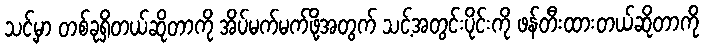
သင့်မှာ တစ်ခုရှိတယ်ဆိုတာကို အိပ်မက်မက်ဖို့အတွက် သင့်အတွင်းပိုင်းကို ဖန်တီးထားတယ်ဆိုတာကို